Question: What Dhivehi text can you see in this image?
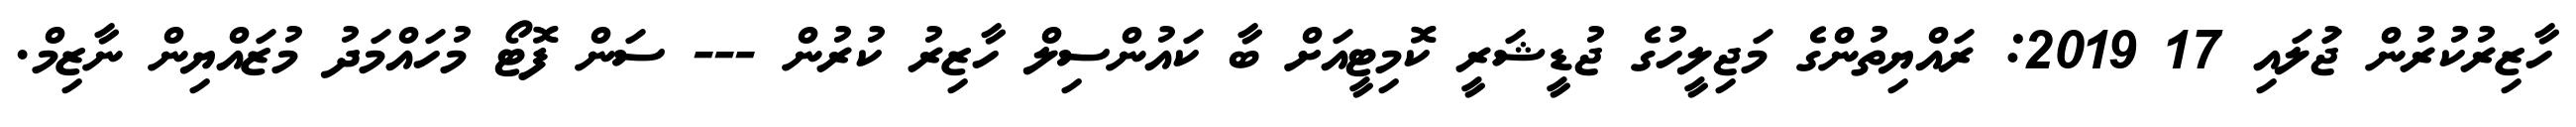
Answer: ހާޒިރުކުރުން ޖުަލައި 17 2019: ރައްޔިތުންގެ މަޖިލީހުގެ ޖުޑީޝަރީ ކޮމިޓީއަށް ބާ ކައުންސިލް ހާޒިރު ކުރުން --- ސަން ފޮޓޯ މުހައްމަދު މުޒައްޔިން ނާޒިމް.